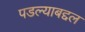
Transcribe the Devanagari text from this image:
पडल्याबद्दल